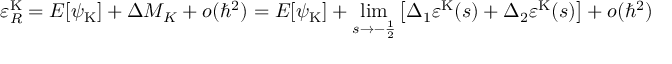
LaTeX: \varepsilon _ { R } ^ { \mathrm { K } } = E [ { \psi } _ { \mathrm { K } } ] + \Delta M _ { K } + o ( \hbar ^ { 2 } ) = E [ { \psi } _ { \mathrm { K } } ] + \operatorname * { l i m } _ { s \rightarrow - \frac { 1 } { 2 } } \left[ \Delta _ { 1 } \varepsilon ^ { \mathrm { K } } ( s ) + \Delta _ { 2 } \varepsilon ^ { \mathrm { K } } ( s ) \right] + o ( \hbar ^ { 2 } )